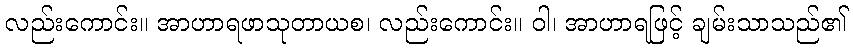
လည်းကောင်း။ အာဟာရဖာသုတာယစ၊ လည်းကောင်း။ ဝါ၊ အာဟာရဖြင့် ချမ်းသာသည်၏